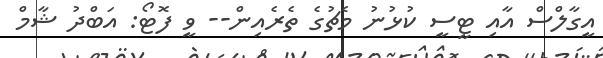
އީގާލްސް އާއި ޓީސީ ކުޅުނު މެޗުގެ ތެރެއިން-- ވީ ފޮޓޯ: އަބްދު ޝާމް